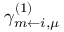
\gamma _ { m \leftarrow i , \mu } ^ { ( 1 ) }